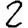
Digit: 2